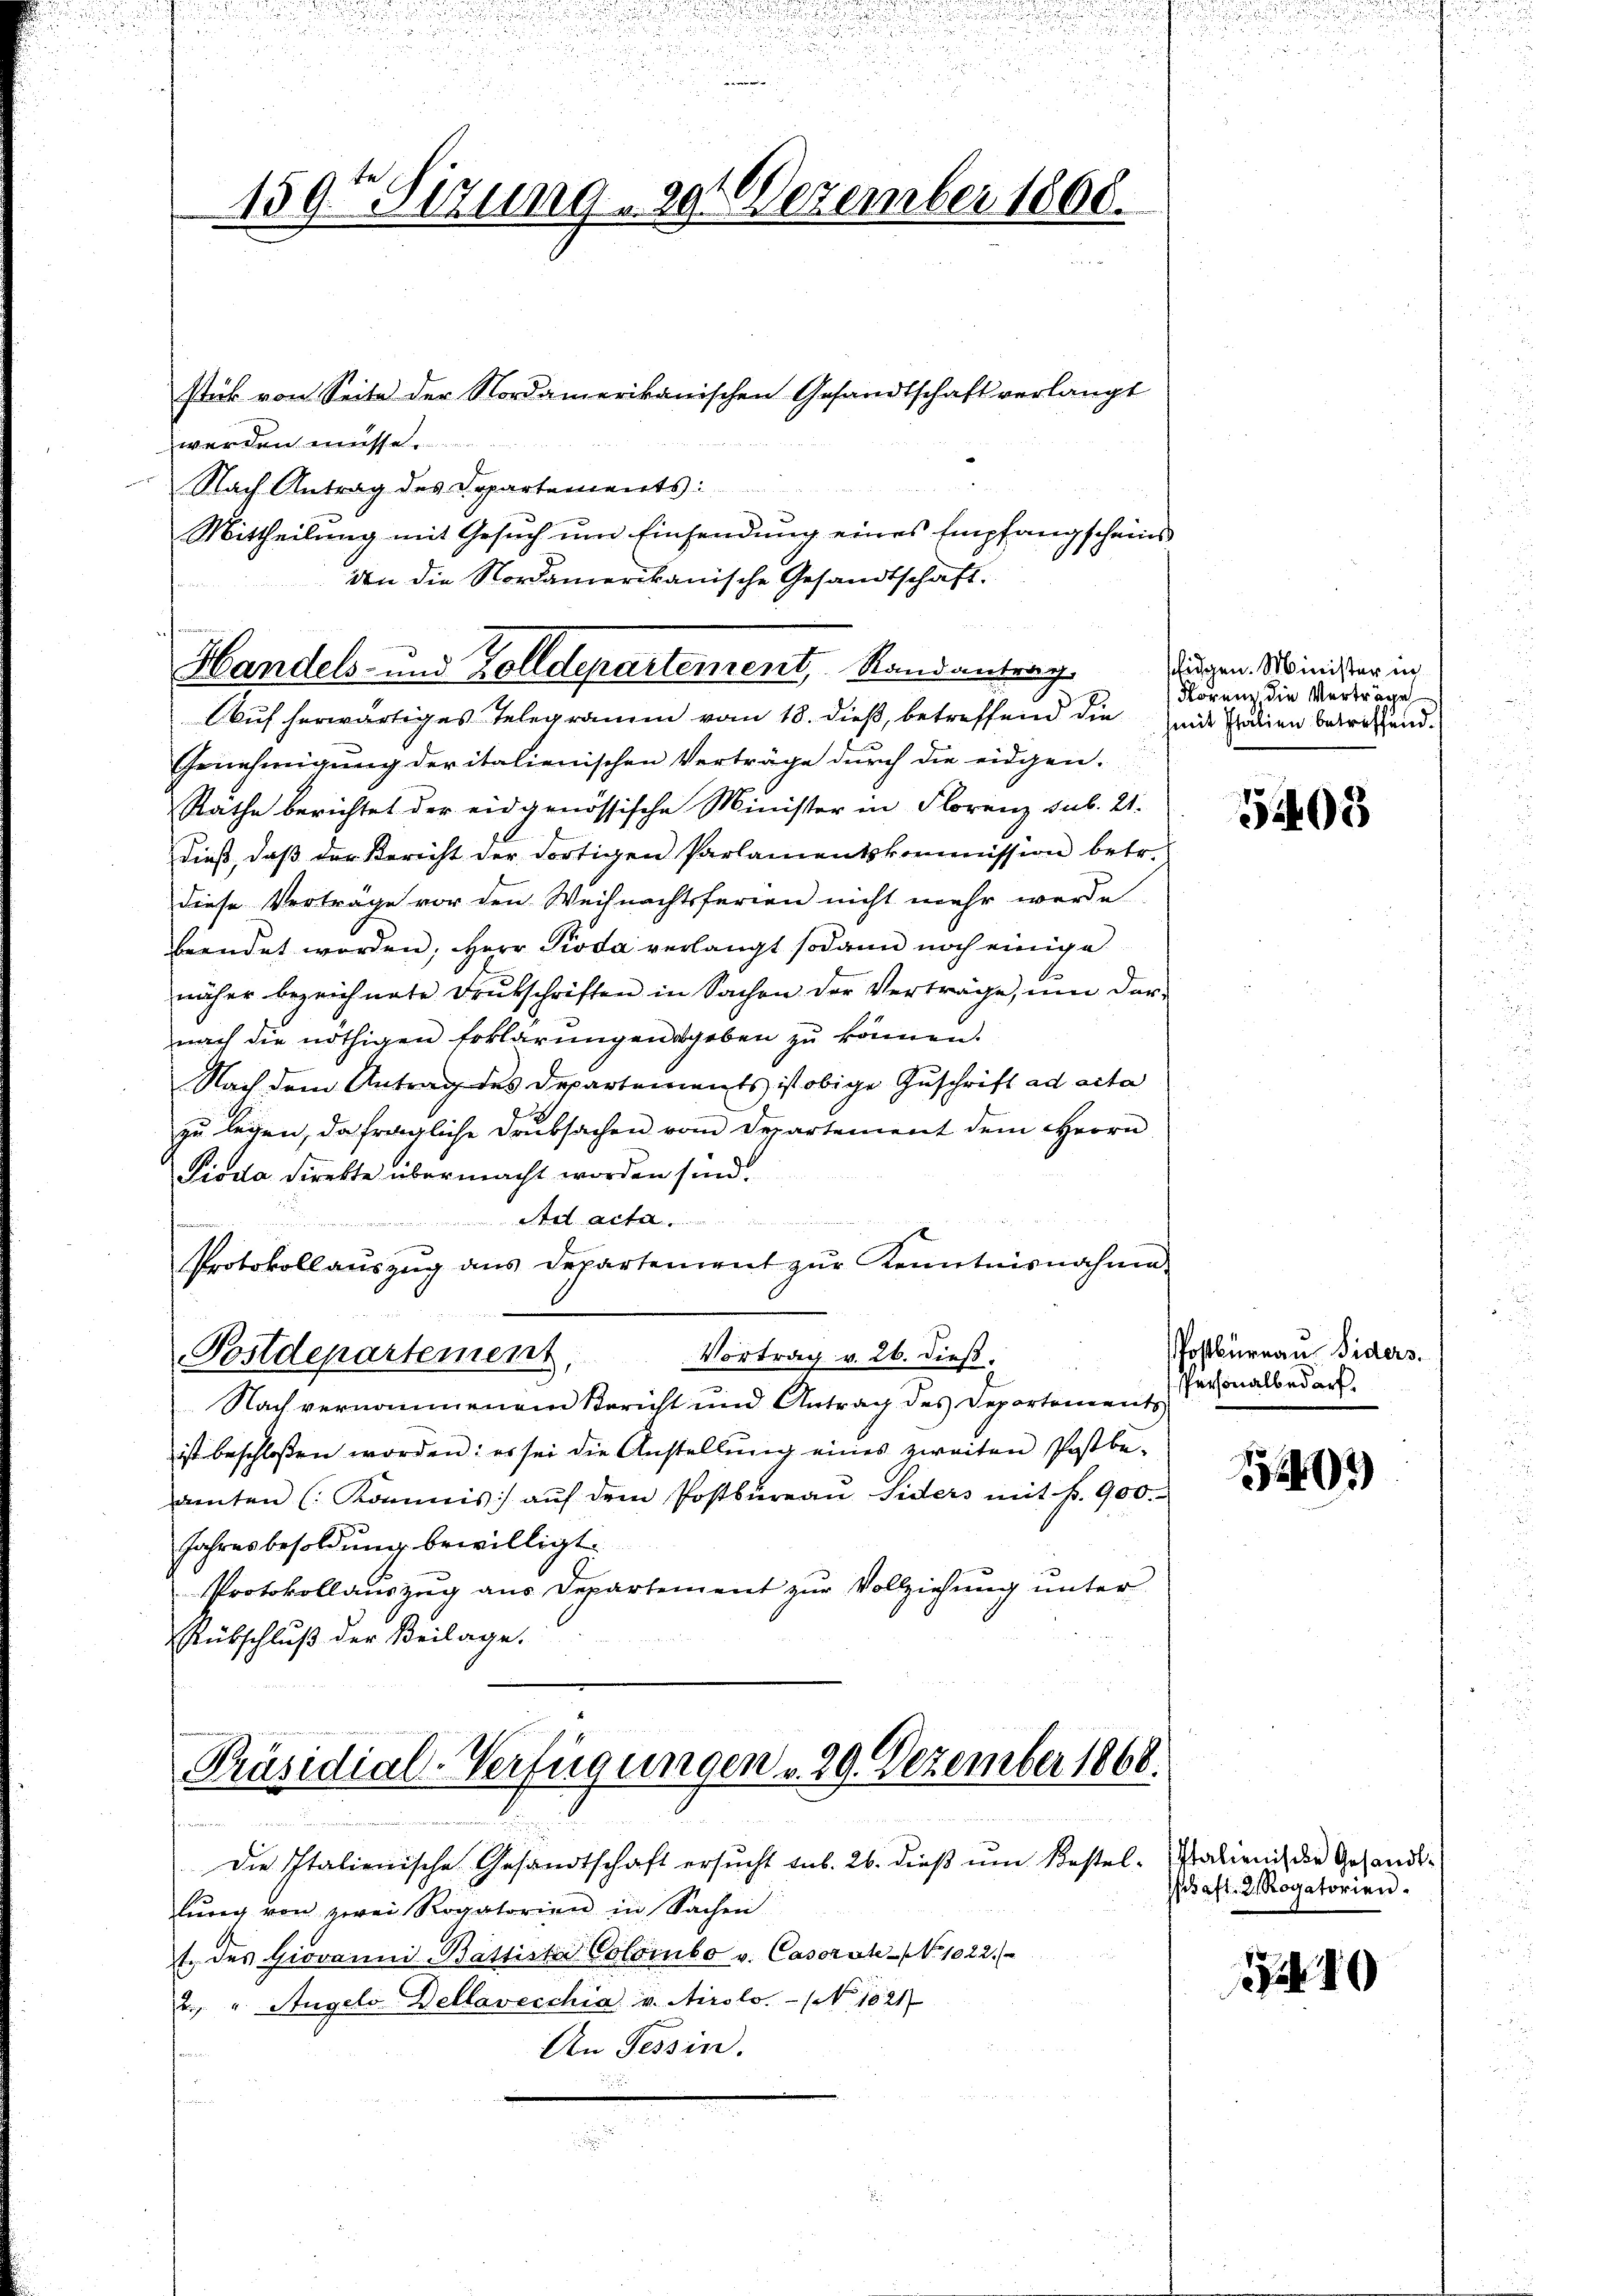
1595 Sizung 20 Dezember 1868.

stik von Seite der Nordamerikanischen Gesandtschaft verlangt
werden müsse.
Nach Antrag des Departements:
Mittheilŭng mit Gesŭch ŭm Einsendŭng eines Empfangscheins
den die Nordamerikanische Gesandtschaft.
uf herwärtiges Telegramm vom 18. dieß, betreffend die sende Pralien betreffend.
Genehmigung der italienischen Verträge durch die eidgen.
Räthe berichtet der eidgenössische Minister in Florenz sub. 21.
dieß, daß der Bericht der dortigen Parlamentskommission betr.
diese Verträge vor den Weihnachtsferien nicht mehr werde.
beendet worden, Herr Pioda verlangt sodann noch einige
näher bezeichnete Drukschriften in Sachen der Verträge, ŭm dar-
nach die nöthigen Erklärungendgeben zŭ können.
Nach dem Antrag des Departements ist obige Zuschrift ad acta
zŭ legen, da fragliche Druksachen vom Departement dem Herrn
Pioda direkte übermacht worden sind.

Protokollaŭszŭg ans Departement zŭr Kenntnisnahme
Postdepartement,
Vortrag v. 26. dieß.
Nach vernommenem Bericht und Antrag des Departements
ist beschloßen worden: es sei die Anstellŭng eines zweiten Postbe-
amten (Kommis aŭf dem Postbüreaŭ Siders mit fr. 900.-
Jahresbesoldung bewilligt.
Protokollauszug aus Departement zur Vollziehung unter
Rübschluß der Beilage.

Handels- und Zolldepartement, Standantrage

Die Italienische Gesandtschaft ersucht sub. 26. dieß um Bestellŭng von zwei Rogatorien in Sachen
Er des Giovanni-Bättister Colombo v. Caserst No. 1022.
2 u. Angels Dellavecchia v. Airolo. - No 1021
An Tessin.
n
n

Präsidial-Verfügungen . 29. Dezember 1868.

fidgen. Minister in
Norenz, die Verträge

5403

Postbureau Siders.
PPersonalbedarf.

491)

Italienische Gesandt¬
Schaft. 3 Rogatorien.

10